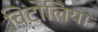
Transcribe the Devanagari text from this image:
विटोलिया